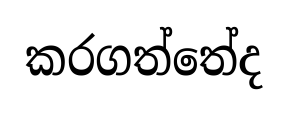
කරගත්තේද